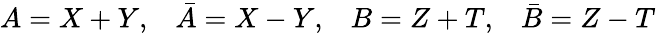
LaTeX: A=X+Y,\; \; \; \bar{A}=X-Y,\; \; \; B=Z+T,\; \; \; \bar{B}=Z-T